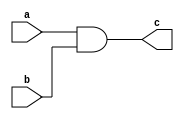
module andd1(a,b,c);
input a,b;
output c;
assign c=a & b;
endmodule
module andtb;
reg a,b;
wire c;
andd1 i(a,b,c);
initial
begin 
    a=1'b0;
    b=1'b0;
    $monitor("time:%0t a=%b b=%b c=%b",$time, a,b,c);
    #5 a=1'b0; b=1'b0;
    #5 a=1'b0; b=1'b1;
    #5 a=1'b1; b=1'b0;
    #5 a=1'b1; b=1'b1;
end 
endmodule